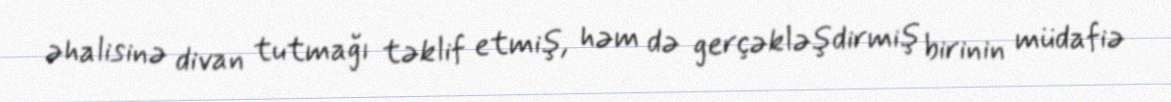
əhalisinə divan tutmağı təklif etmiş, həm də gerçəkləşdirmiş birinin müdafiə